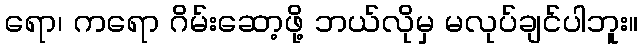
ရော၊ ကရော ဂိမ်းဆော့ဖို့ ဘယ်လိုမှ မလုပ်ချင်ပါဘူး။